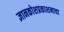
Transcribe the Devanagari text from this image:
ज्ञानकोशप्रकाशनाचा